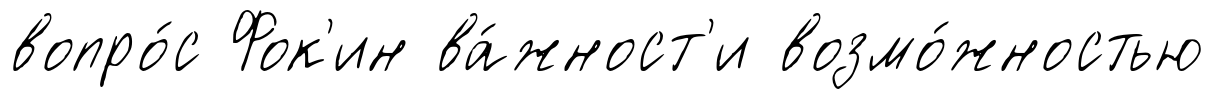
вопро́с Фок'ин ва́жност'и возмо́жностью